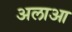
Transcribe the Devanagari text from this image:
अलाआ